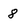
Character: 8